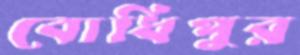
বোধিপুর